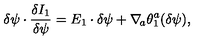
\delta \psi \cdot { \frac { \delta I _ { 1 } } { \delta \psi } } = E _ { 1 } \cdot \delta \psi + \nabla _ { \! a } \theta _ { 1 } ^ { a } ( \delta \psi ) ,